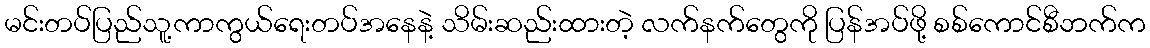
မင်းတပ်ပြည်သူ့ကာကွယ်ရေးတပ်အနေနဲ့ သိမ်းဆည်းထားတဲ့ လက်နက်တွေကို ပြန်အပ်ဖို့ စစ်ကောင်စီဘက်က